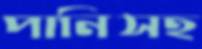
পানিসহ